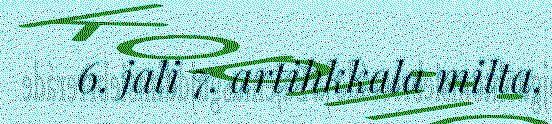
6. jali 7. artihkkala milta,